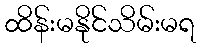
ထိန်းမနိုင်သိမ်းမရ